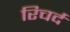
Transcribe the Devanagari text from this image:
रिचर्द